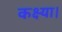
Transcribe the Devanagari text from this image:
कक्ष्या।